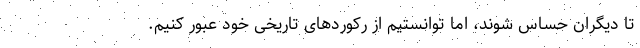
تا دیگران حساس شوند، اما توانستیم از رکوردهای تاریخی خود عبور کنیم.